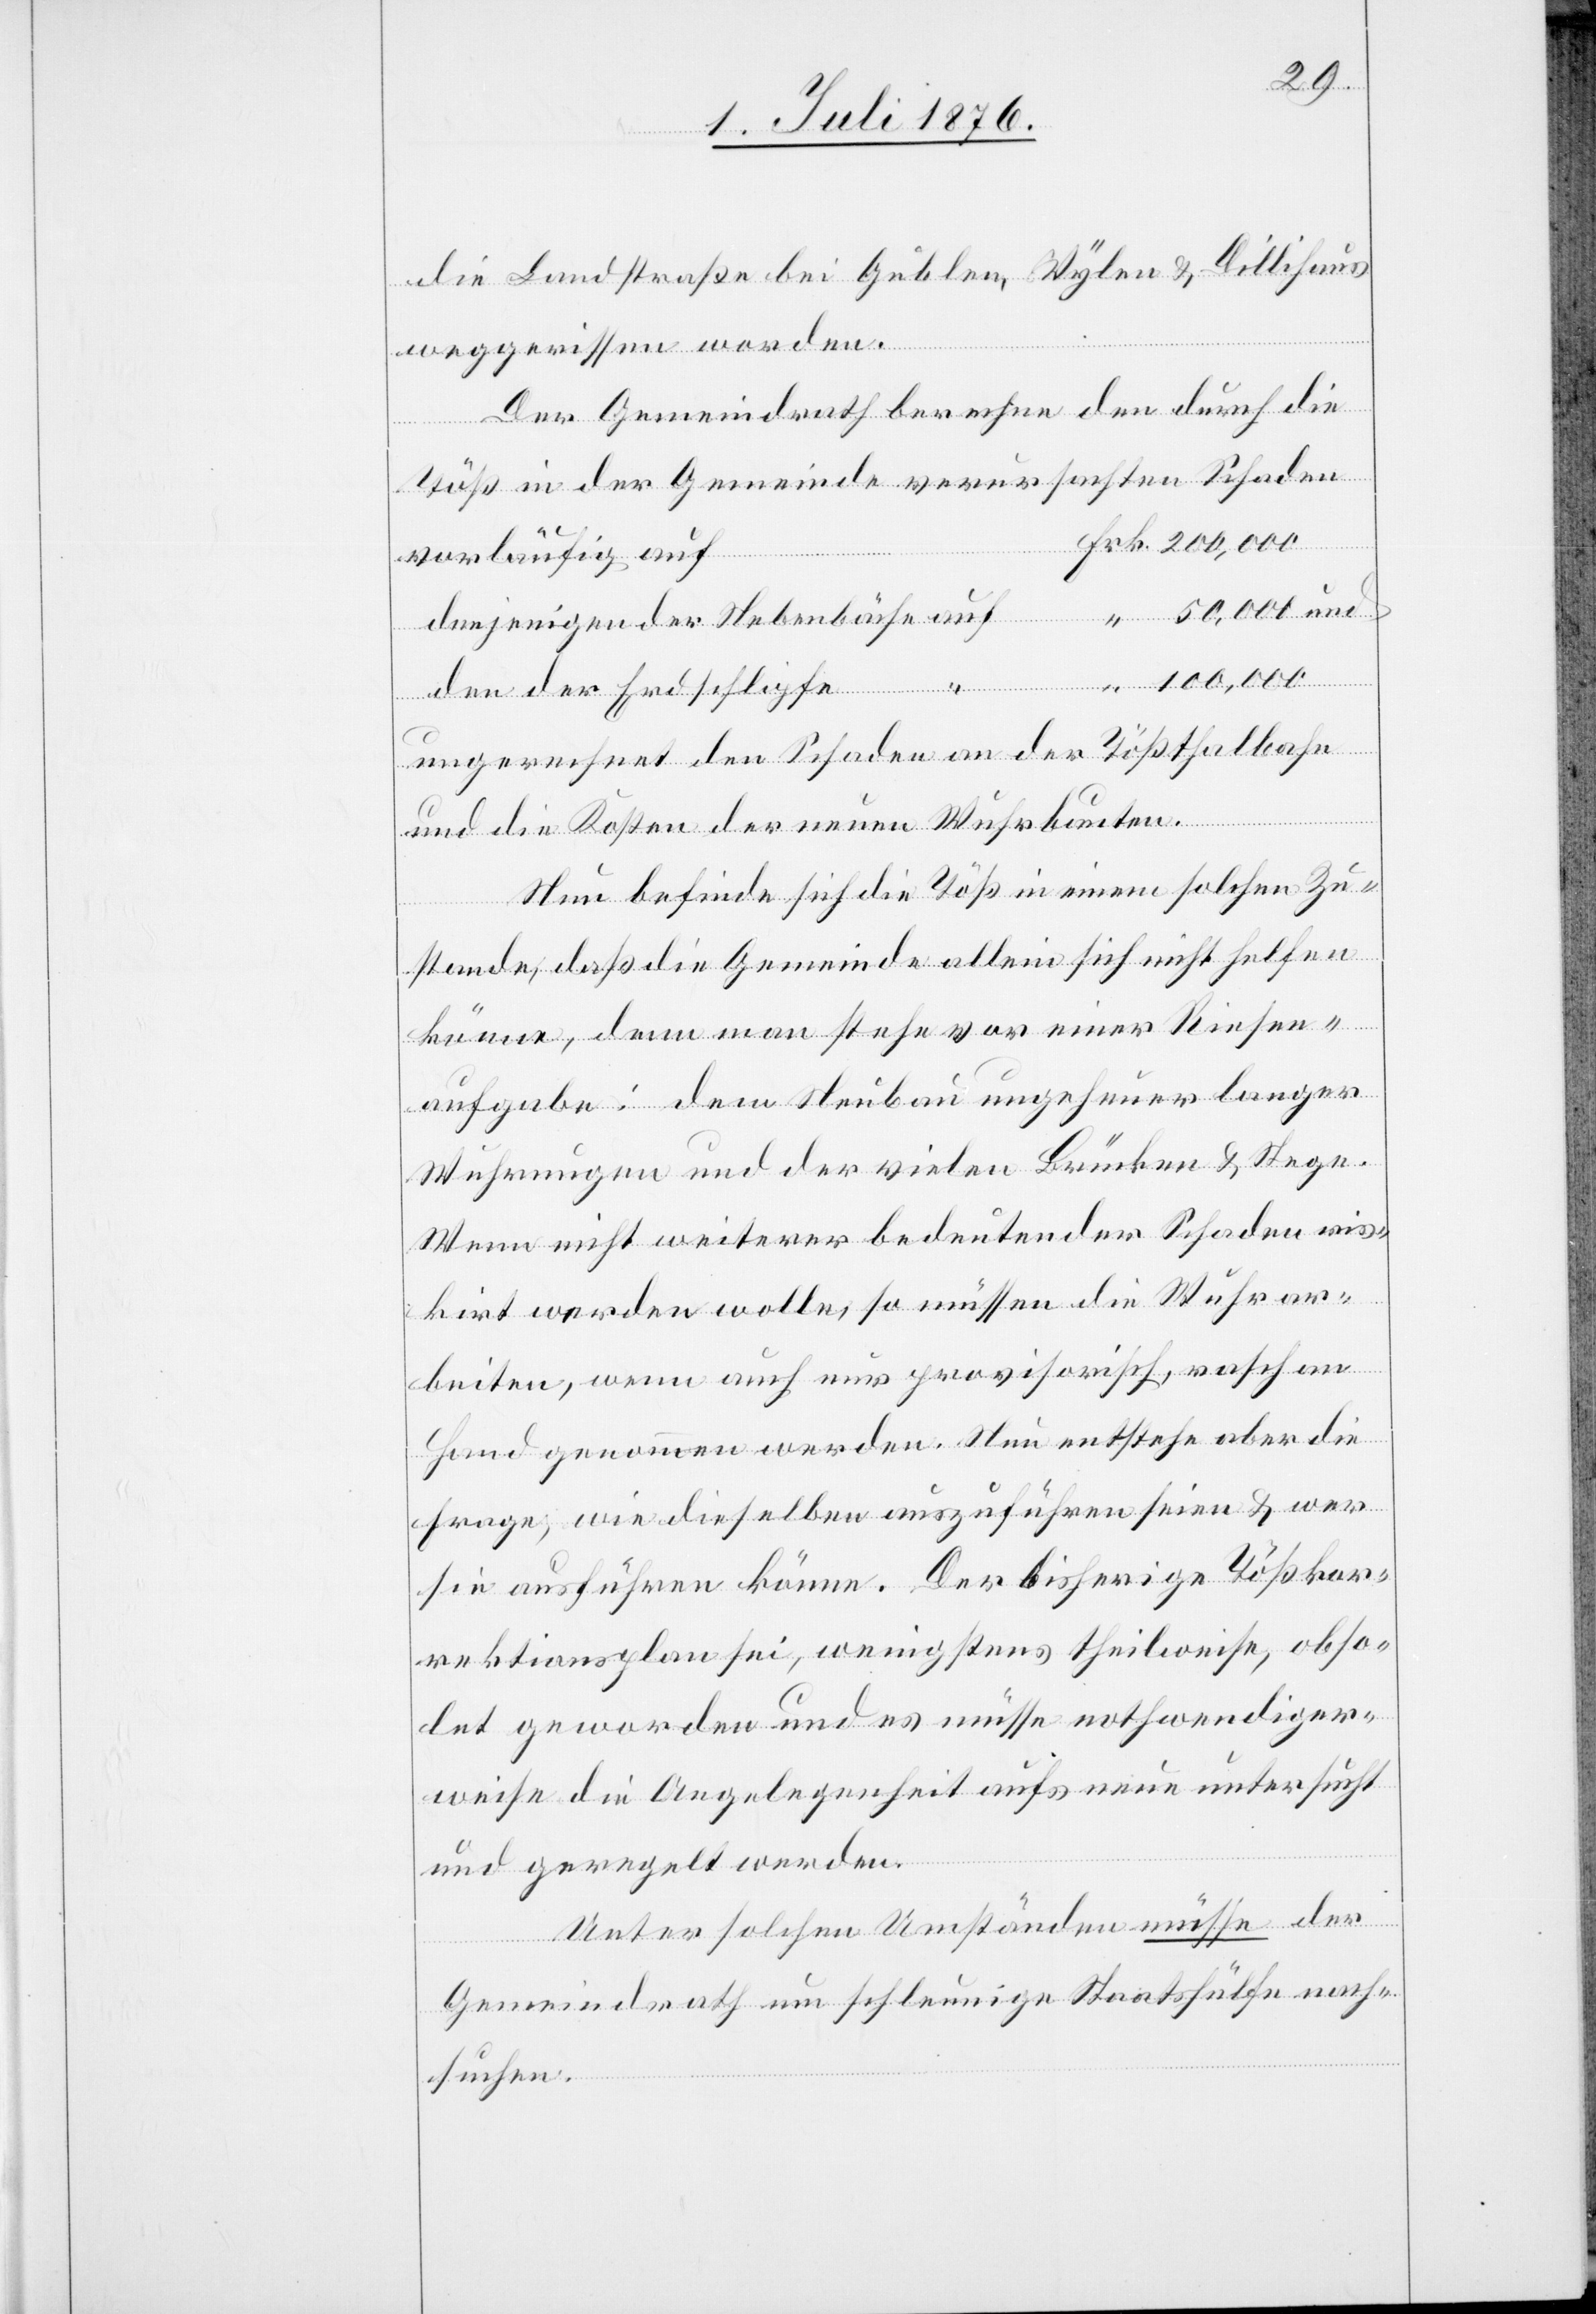
die Landstraße bei Gublen, Wylen & Dillihaus
weggerissen worden.
Der Gemeindrath berechne den durch die
Töß in der Gemeinde verursachten Schaden
vorläufig auf
Nebenbäche
den der Erdschlipfe
ungerechnet der Schaden der Tößthalbahn
und die Kosten der neuen Wuhrbauten.
Nun befinde sich die Töß in einem solchen Zu¬
stande, das die Gemeinde allein sich nicht helfen
könne, denn man stehe vor einer Riesen¬
aufgabe: dem Neubau ungeheuer langer
Wuhrungen und der vielen Brücken & Stege.
Wenn nicht weiterer bedeutender Schaden ris¬
kirt werden wolle, so müssen die Wuhrar¬
beiten, wenn auch nur provisorisch, rasch an
Hand genommen werden. Nun entstehe aber die
Frage, wie dieselben auszuführen seien & wer
sie ausführen könne. Der bisherige Tößkor¬
rektionsplan sei, wenigstens theilweise, obso¬
let geworden und es müsse nothwendiger¬
weise die Angelegenheit aufs neue untersucht
und geregelt werden.
Unter solchen Umständen müsse der
Gemeindrath um schleunige Staatshülfe nach¬
suchen.